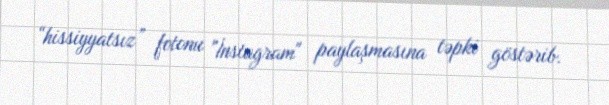
“hissiyyatsız” fotonu "İnstagram" paylaşmasına təpki göstərib.